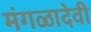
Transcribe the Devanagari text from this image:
मंगळादेवी